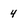
Character: 4